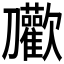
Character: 𭄝